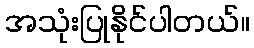
အသုံးပြုနိုင်ပါတယ်။